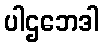
ပါဌဘေဒါ